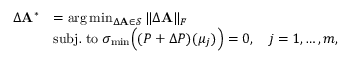
\begin{array} { r l } { \Delta \mathbf { A } ^ { * } } & { = \mathrm { a r g } \operatorname* { m i n } _ { \Delta \mathbf { A } \in \mathcal { S } } \| \Delta \mathbf { A } \| _ { F } } \\ & { \mathrm { s u b j . ~ t o } \; \sigma _ { \operatorname* { m i n } } \Bigl ( ( P + \Delta P ) ( \mu _ { j } ) \Bigr ) = 0 , \quad j = 1 , \ldots , m , } \end{array}